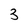
Character: 3